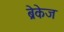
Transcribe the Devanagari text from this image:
ब्रेकेज